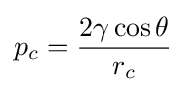
p_{c}={\frac {2\gamma \cos \theta }{r_{c}}}